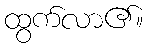
ထွက်လာ၏။